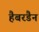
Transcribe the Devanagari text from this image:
हैबरडैन